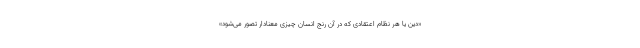
«دین یا هر نظام اعتقادی که در آن رنج انسان چیزی معنادار تصور می‌شود»